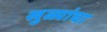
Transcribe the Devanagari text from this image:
खुळ्यांचा